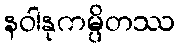
နဝါနုကမ္ပိတဿ